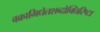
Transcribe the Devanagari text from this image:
वक्राभिधेतशब्दोक्तिरिष्टा